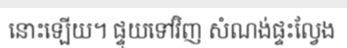
នោះឡើយ។ ផ្ទុយទៅវិញ សំណង់ផ្ទះល្វែង